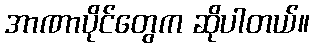
အာဏာပိုင်တွေက ဆိုပါတယ်။